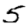
Digit: 5